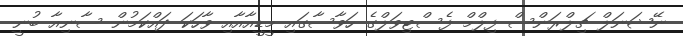
ނޭޝަނަލް ޗިލްރަންސް ފިލްމް ފެސްޓިވަލްގެ ހަވާސާގައި މީޑީއާއާއި ވާހަކަ ދައްކަމުން ސާނިއާ ބުނީ